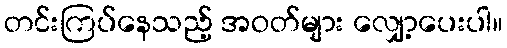
တင်းကြပ်နေသည့် အဝတ်များ လျှော့ပေးပါ။